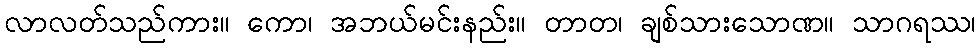
လာလတ်သည်ကား။ ကော၊ အဘယ်မင်းနည်း။ တာတ၊ ချစ်သားသောဏ။ သာဂရဿ၊